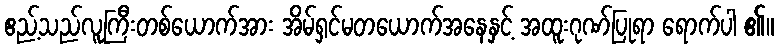
ဧည့်သည်လူကြီးတစ်ယောက်အား အိမ်ရှင်မတယောက်အနေနှင့် အထူးဂုဏ်ပြုရာ ရောက်ပါ ၏။